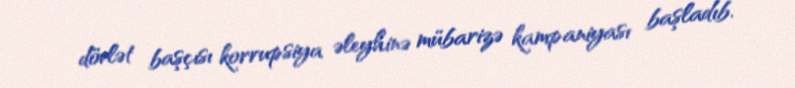
dövlət başçısı korrupsiya əleyhinə mübarizə kampaniyası başladıb.